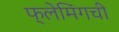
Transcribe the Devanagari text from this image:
फ्लेमिंगची